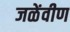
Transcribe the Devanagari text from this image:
जळेंवीण